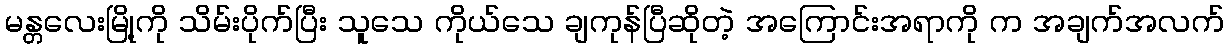
မန္တလေးမြို့ကို သိမ်းပိုက်ပြီး သူသေ ကိုယ်သေ ချကုန်ပြီဆိုတဲ့ အကြောင်းအရာကို က အချက်အလက်